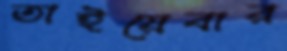
তাইয়েবার